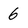
Character: 6